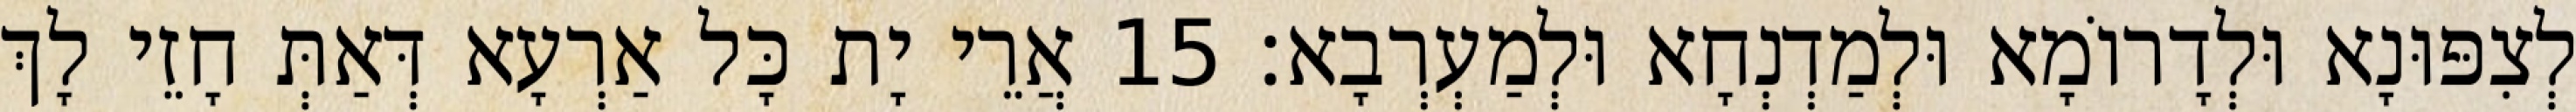
לְצִפּוּנָא וּלְדָרוֹמָא וּלְמַדְנְחָא וּלְמַעְרְבָא׃ 15 אֲרֵי יָת כָּל אַרְעָא דְּאַתְּ חָזֵי לָךְ